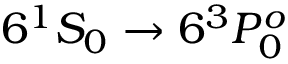
6 { } ^ { 1 } { S } _ { 0 } \ensuremath { \rightarrow } 6 { } ^ { 3 } { P } _ { 0 } ^ { o }